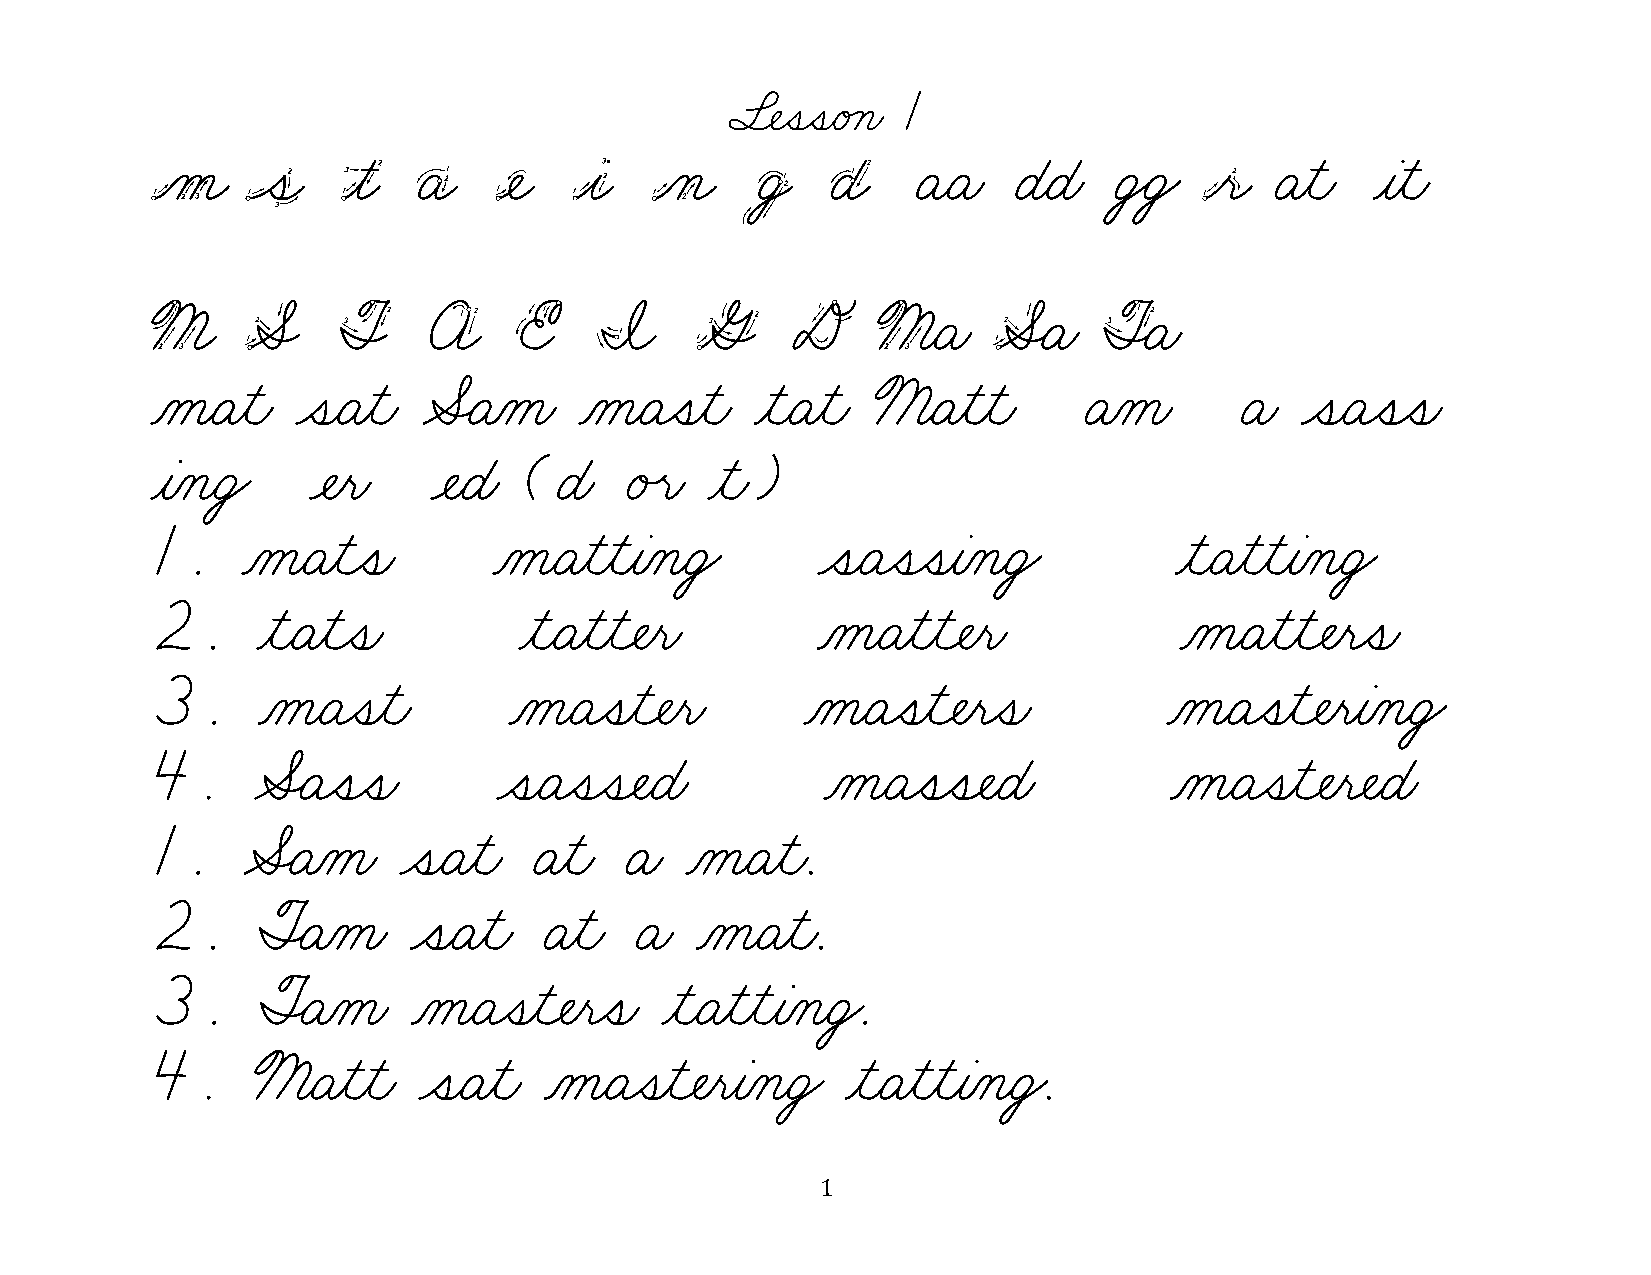
§¬ÑˆíˆíæéÁçæ 1
 m     s      t    a    e    i    n     g     d    ÄæÄæ   ÉæÉæ  ÜŸÜŸ   r   Äƒìæ   ƒàƒìæ
 M     S     T     A     E     I     G     D     ßæÄæ    ÆËÄæ   ØËÄæ
 ÀåæÄƒìæ   ˆíæÄƒìæ ÆËÄÀåæ    ÀåæÄˆíƒìæ   ƒìæÄƒìæ ßæÄƒìƒìæ     ÄÀåæ       Äæ  ˆíæÄˆíˆíæ
 ƒàÀçæÜŸ    ¬Ñƒëæ   ¬ÑæÉæ (Éæ   éÙëæ  ƒìæ)
 1.    ÀåæÄƒìˆíæ        ÀåæÄƒìƒìƒàÀçæÜŸ      ˆíæÄˆíˆíƒàÀçæÜŸ         ƒìæÄƒìƒìƒàÀçæÜŸ
 2.     ƒìæÄƒìˆíæ        ƒìæÄƒìƒì¬Ñƒëæ       ÀåæÄƒìƒì¬Ñƒëæ           ÀåæÄƒìƒì¬Ñƒëˆíæ
 3.     ÀåæÄˆíƒìæ        ÀåæÄˆíƒì¬Ñƒëæ      ÀåæÄˆíƒì¬Ñƒëˆíæ         ÀåæÄˆíƒì¬ÑƒëƒàÀçæÜŸ
 4.     ÆËÄˆíˆíæ        ˆíæÄˆíˆí¬ÑæÉæ         ÀåæÄˆíˆí¬ÑæÉæ         ÀåæÄˆíƒì¬Ñƒë¬ÑæÉæ
 1.    ÆËÄÀåæ    ˆíæÄƒìæ  Äƒìæ  Äæ  ÀåæÄƒìæ.
 2.     ØËÄÀåæ    ˆíæÄƒìæ Äƒìæ   Äæ  ÀåæÄƒìæ.
 3.     ØËÄÀåæ    ÀåæÄˆíƒì¬Ñƒëˆíæ  ƒìæÄƒìƒìƒàÀçæÜŸ.
 4.     ßæÄƒìƒìæ   ˆíæÄƒìæ ÀåæÄˆíƒì¬ÑƒëƒàÀçæÜŸ ƒìæÄƒìƒìƒàÀçæÜŸ.
 1